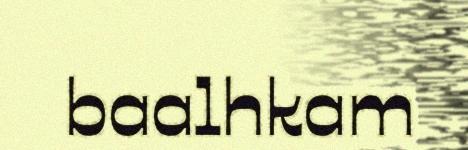
baalhkam